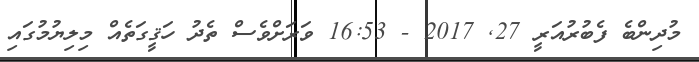
މުދިންބެ ފެބުރުއަރީ 27